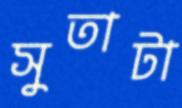
সুতাটা